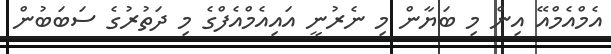
އެމްއެމްއޭ އިން މި ބަޔާން މި ނެރުނީ އައިއެމްއެފްގެ މި ދަތުރުގެ ސަބަބުން